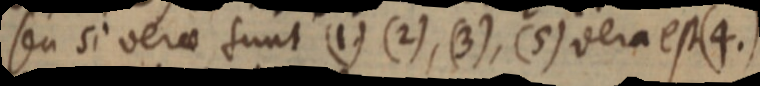
seu si verae sunt (1) (2), (3), (5) vera est (4.)